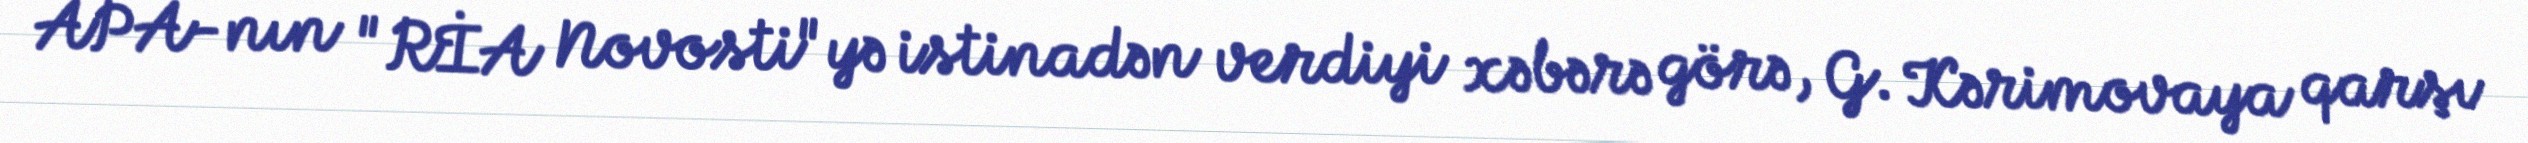
APA-nın "RİA Novosti"yə istinadən verdiyi xəbərə görə, G. Kərimovaya qarşı